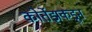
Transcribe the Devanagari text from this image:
कोर्तेझकडून